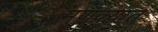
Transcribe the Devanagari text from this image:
मणक्‍यात